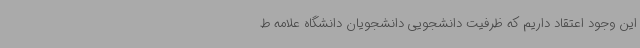
این وجود اعتقاد داریم که ظرفیت دانشجویی دانشجویان دانشگاه علامه ط